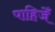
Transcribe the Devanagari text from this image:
पाहिजेँ